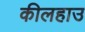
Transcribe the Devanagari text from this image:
कीलहाउ